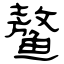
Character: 鳌